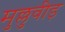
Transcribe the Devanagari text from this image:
मुल्लुवीड़